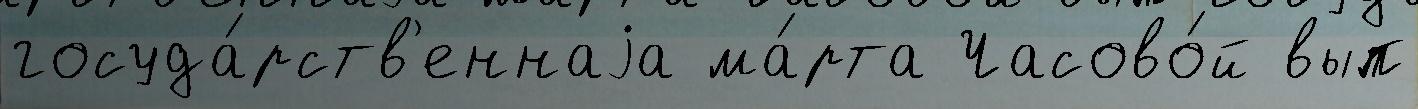
госуда́рств'еннаjа ма́рта Часово́й вып